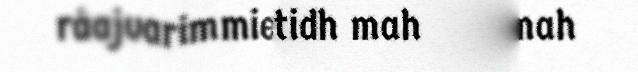
råajvarimmieh raeriestidh mah